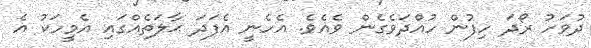
ދުވަހު ރޯދަ ހިފުން ހުއްދަވެގެން ވެއެވެ. އެހެނީ އެފަދަ ޙާލަތެއްގައި އެމީހަކު އެ